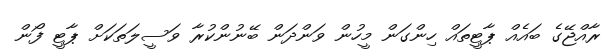
ރާއްޖޭގެ ބައެއް ޕާޓީތައް ހިންގަން މީހުން ވަންދަން ބޭނުންކުރާ ވަސީލަތަކަށް ޕާޓީ ފޯން